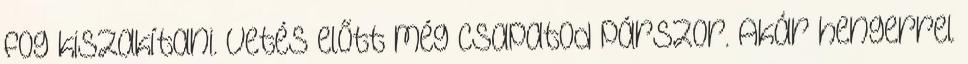
fog kiszakítani. Vetés előtt még csapatod párszor. Akár hengerrel